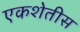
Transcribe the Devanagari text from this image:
एकशेतीस